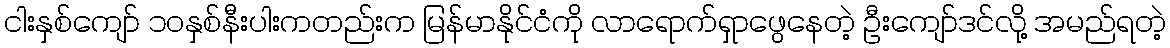
ငါးနှစ်ကျော် ၁၀နှစ်နီးပါးကတည်းက မြန်မာနိုင်ငံကို လာရောက်ရှာဖွေနေတဲ့ ဦးကျော်ဒင်လို့ အမည်ရတဲ့